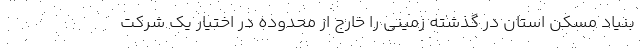
بنیاد مسکن استان در گذشته زمینی را خارج از محدوده در اختیار یک شرکت